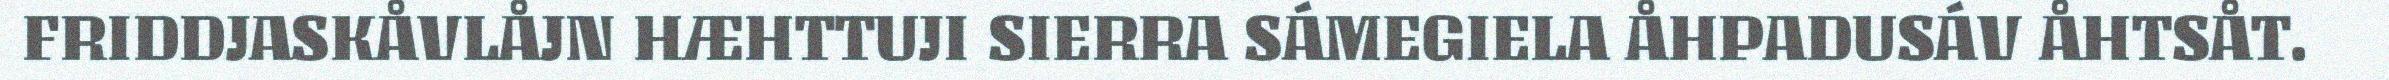
FRIDDJASKÅVLÅJN HÆHTTUJI SIERRA SÁMEGIELA ÅHPADUSÁV ÅHTSÅT.